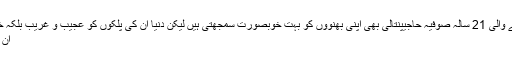
قبرص سے تعلق رکھنے والی 21 سالہ صوفیہ حاجیپنتالی بھی اپنی بھنووں کو بہت خوبصورت سمجھتی ہیں لیکن دنیا ان کی پلکوں کو عجیب و غریب بلکہ خوفناک قرار دیتے ہوئے
ان کا خوب مذاق اڑاتی ہے۔